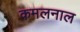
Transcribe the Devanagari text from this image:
कमलनाल